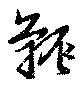
辴